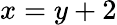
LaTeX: x=y+2